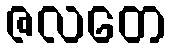
ဇလတေ